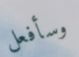
وسأفعل